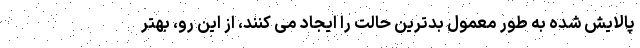
پالایش شده به طور معمول بدترین حالت را ایجاد می کنند، از این رو، بهتر